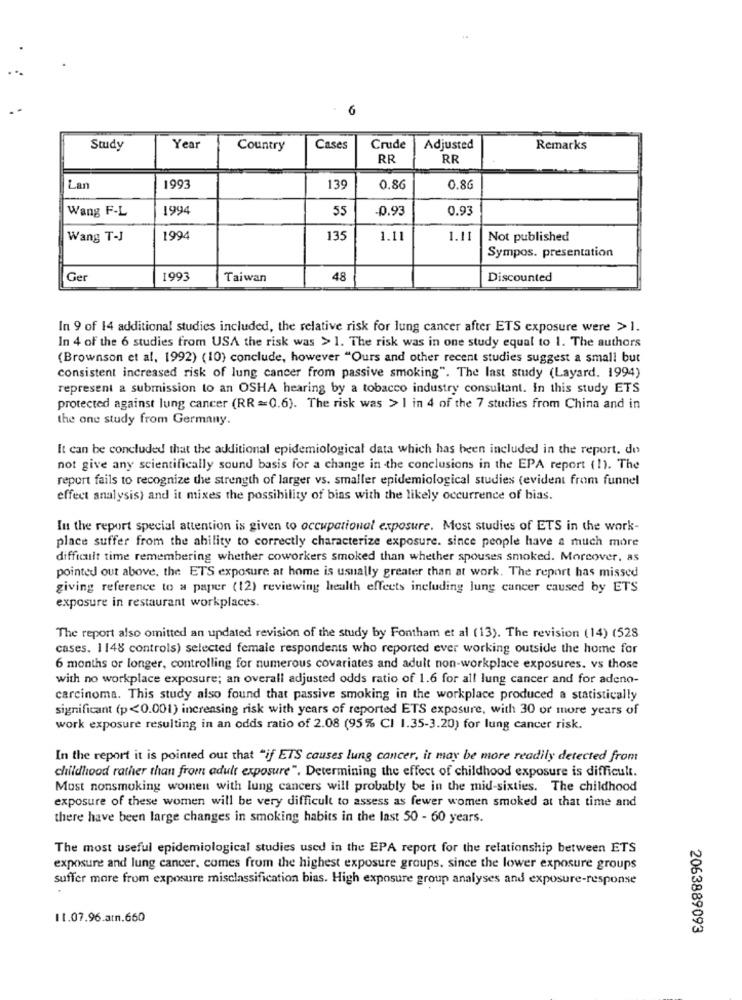
6
Study
Year
Country
Cases
Crude
Adjusted
Remarks
RR
RR
Lan
1993
139
0.86
0.86
Wang F-L
1994
55
-0.93
0.93
Wang T-J
1994
135
1.11
1.11
Not published
Sympos. presentation
Ger
1993
Taiwan
48
Discounted
In 9 of 14 additional studies included, the relative risk for lung cancer after ETS exposure were >1.
In 4 of the 6 studies from USA the risk was > 1. The risk was in one study equal to 1. The authors
(Brownson et al, 1992) (10) conclude, however "Ours and other recent studies suggest a small but
consistent increased risk of lung cancer from passive smoking". The last study (Layard. 1994)
represent a submission to an OSHA hearing by a tobacco industry consultant. In this study ETS
protected against lung cancer (RR =0.6). The risk was > I in 4 of the 7 studies from China and in
the one study from Germany.
It can be concluded that the additional epidemiological data which has been included in the report. do
not give any scientifically sound basis for a change in the conclusions in the EPA report ( 1). The
report fails to recognize the strength of larger vs. smaller epidemiological studies (evident from funnel
effect analysis) and it mixes the possibility of bias with the likely occurrence of bias.
In the report special attention is given to occupational exposure. Most studies of ETS in the work-
place suffer from the ability to correctly characterize exposure. since people have a much more
difficult time remembering whether coworkers smoked than whether spouses smoked. Moreover, as
pointed out above, the ETS exposure at home is usually greater than at work. The report has missed
giving reference to a paper (12) reviewing health effects including lung cancer caused by ETS
exposure in restaurant workplaces.
The report also omitted an updated revision of the study by Fontham et al (13). The revision (14) (528
cases. 1148 controls) selected female respondents who reported ever working outside the home for
6 months or longer, controlling for numerous covariates and adult non-workplace exposures. vs those
with no workplace exposure; an overall adjusted odds ratio of 1.6 for all lung cancer and for adeno-
carcinoma. This study also found that passive smoking in the workplace produced a statistically
significant (p<0.001) increasing risk with years of reported ETS exposure, with 30 or more years of
work exposure resulting in an odds ratio of 2.08 (95% CI 1.35-3.20) for lung cancer risk.
In the report it is pointed out that "if ETS causes lung cancer, it may be more readily detected from
childhood rather than from adult exposure". Determining the effect of childhood exposure is difficult.
Most nonsmoking women with lung cancers will probably be in the mid-sixties. The childhood
exposure of these women will be very difficult to assess as fewer women smoked at that time and
there have been large changes in smoking habits in the last 50 - 60 years.
The most useful epidemiological studies used in the EPA report for the relationship between ETS
exposure and lung cancer, comes from the highest exposure groups. since the lower exposure groups
suffer more from exposure misclassification bias. High exposure group analyses and exposure-response
11.07.96.at.660
2063889093